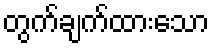
တွက်ချက်ထားသော